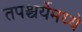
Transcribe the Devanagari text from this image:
तपश्चर्येमध्ये